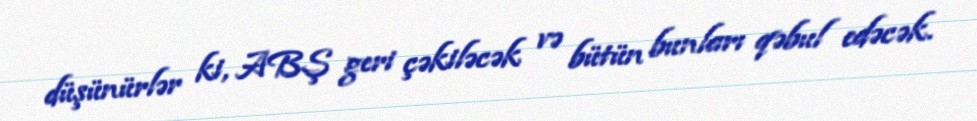
düşünürlər ki, ABŞ geri çəkiləcək və bütün bunları qəbul edəcək.